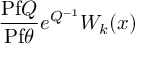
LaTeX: \frac { \mathrm { P f } Q } { \mathrm { P f } \theta } e ^ { \l Q ^ { - 1 } } W _ { k } ( x )